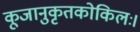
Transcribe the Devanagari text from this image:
कूजानुकृतकोकिलः।